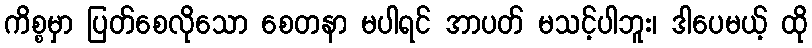
ကိစ္စမှာ ပြတ်စေလိုသော စေတနာ မပါရင် အာပတ် မသင့်ပါဘူး၊ ဒါပေမယ့် ထို